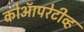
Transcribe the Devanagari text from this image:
कोऑपरेटीव्ह